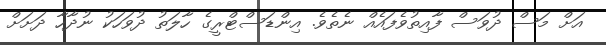
އަށް މަސް ދުވަސް ފާއިތުވެފައެއް ނެތެވެ. އިންޑަސްޓްރީގެ ހާލަތު ދުވަހަކު ނުދާހާ ދަށަށް